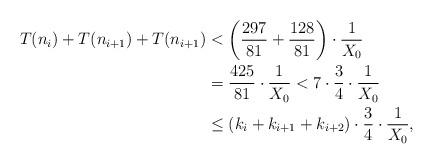
LaTeX: \begin{align*}T(n_i)+T(n_{i+1})+T(n_{i+1})&< \left(\frac{297}{81}+\frac{128}{81}\right) \cdot \frac{1}{X_0}\\&= \frac{425}{81}\cdot \frac{1}{X_0} < 7 \cdot \frac{3}{4}\cdot \frac{1}{X_0}\\&\leq (k_i+k_{i+1}+k_{i+2}) \cdot \frac{3}{4}\cdot \frac{1}{X_0},\end{align*}